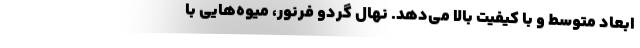
ابعاد متوسط و با کیفیت بالا می‌­دهد. نهال گردو فرنور، میوه­‌هایی با